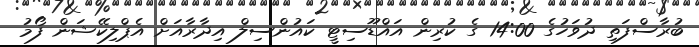
ބުރާސްފަތި ދުވަހުގެ 14:00 ގެ ކުރިން އައްޑޫސިޓީ ކައުންސިލް އިދާރާއަށް އެޕްލިކޭޝަން ފޯމު